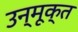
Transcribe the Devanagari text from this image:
उन्मूक्त